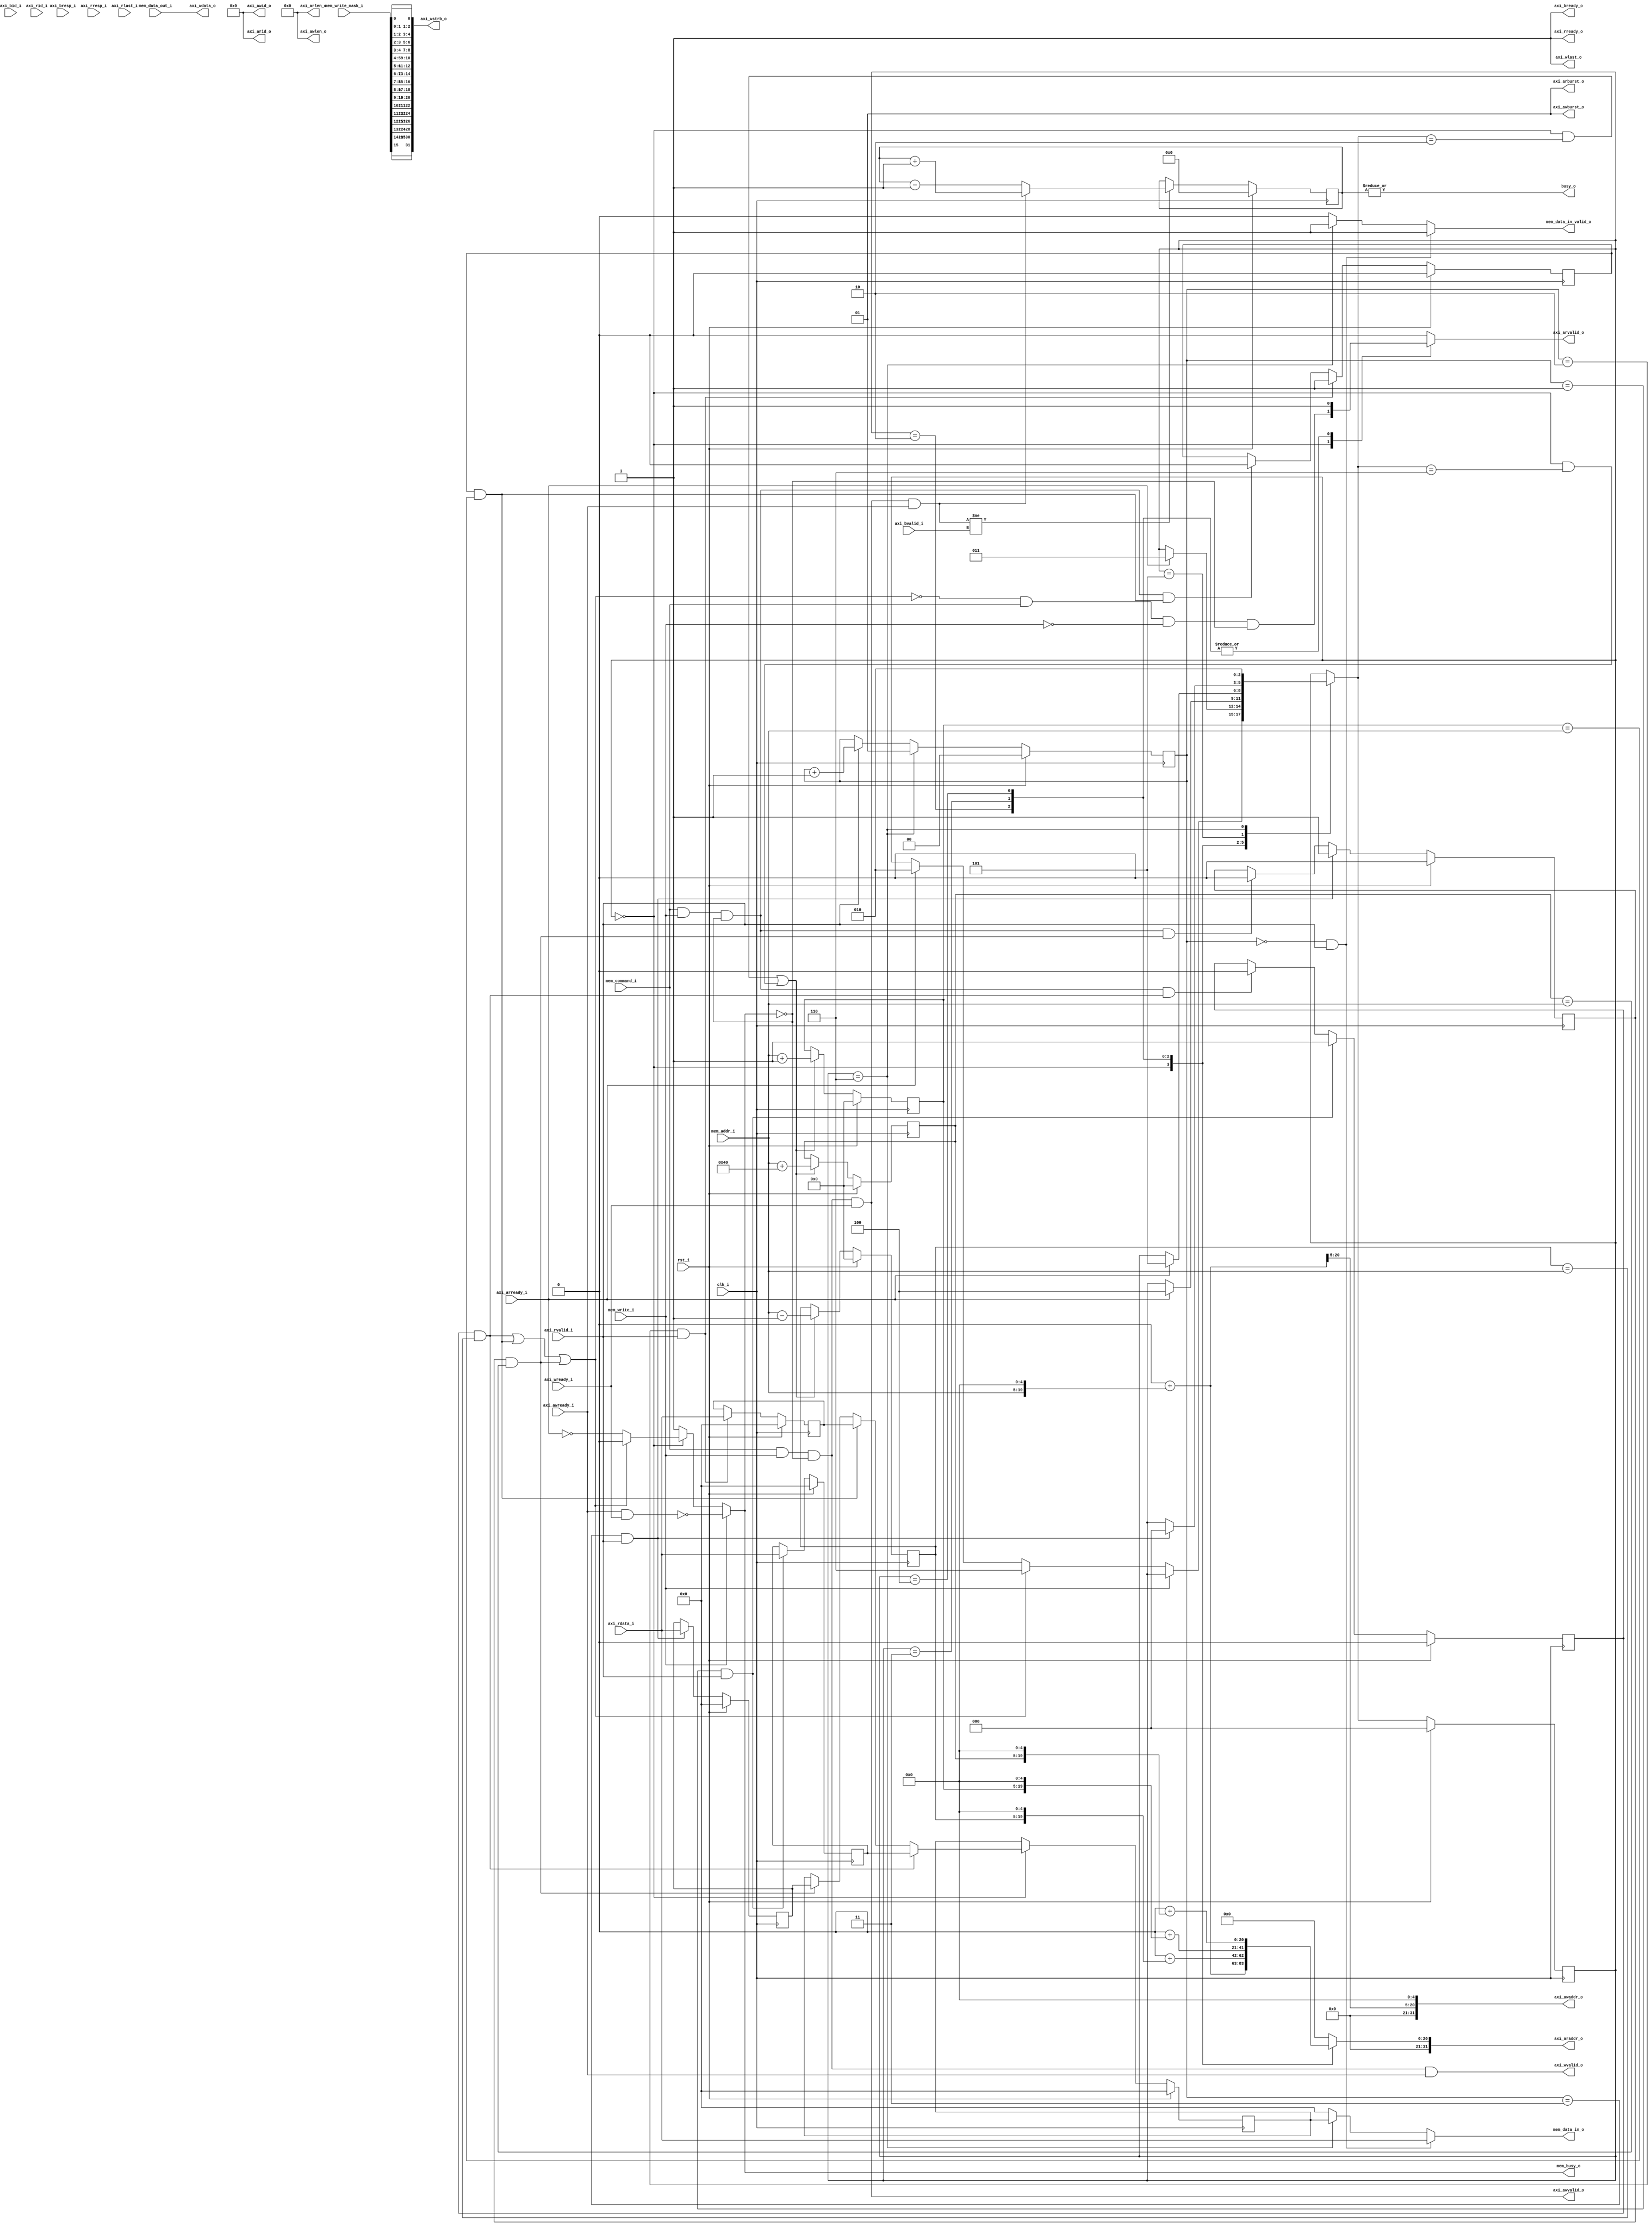
//-----------------------------------------------------------------
// Copyright (c) 2021, admin@ultra-embedded.com
// All rights reserved.
// 
// Redistribution and use in source and binary forms, with or without
// modification, are permitted provided that the following conditions 
// are met:
//   - Redistributions of source code must retain the above copyright
//     notice, this list of conditions and the following disclaimer.
//   - Redistributions in binary form must reproduce the above copyright
//     notice, this list of conditions and the following disclaimer 
//     in the documentation and/or other materials provided with the 
//     distribution.
//   - Neither the name of the author nor the names of its contributors 
//     may be used to endorse or promote products derived from this 
//     software without specific prior written permission.
// 
// THIS SOFTWARE IS PROVIDED BY THE COPYRIGHT HOLDERS AND CONTRIBUTORS 
// "AS IS" AND ANY EXPRESS OR IMPLIED WARRANTIES, INCLUDING, BUT NOT 
// LIMITED TO, THE IMPLIED WARRANTIES OF MERCHANTABILITY AND FITNESS FOR 
// A PARTICULAR PURPOSE ARE DISCLAIMED. IN NO EVENT SHALL THE AUTHOR BE 
// LIABLE FOR ANY DIRECT, INDIRECT, INCIDENTAL, SPECIAL, EXEMPLARY, OR 
// CONSEQUENTIAL DAMAGES (INCLUDING, BUT NOT LIMITED TO, PROCUREMENT OF 
// SUBSTITUTE GOODS OR SERVICES; LOSS OF USE, DATA, OR PROFITS; OR 
// BUSINESS INTERRUPTION) HOWEVER CAUSED AND ON ANY THEORY OF 
// LIABILITY, WHETHER IN CONTRACT, STRICT LIABILITY, OR TORT
// (INCLUDING NEGLIGENCE OR OTHERWISE) ARISING IN ANY WAY OUT OF 
// THE USE OF THIS SOFTWARE, EVEN IF ADVISED OF THE POSSIBILITY OF 
// SUCH DAMAGE.
//-----------------------------------------------------------------
module gpu_mem_fetch
//-----------------------------------------------------------------
// Params
//-----------------------------------------------------------------
#(
     parameter AXI_ID           = 0
    ,parameter VRAM_BASE        = 0
)
//-----------------------------------------------------------------
// Ports
//-----------------------------------------------------------------
(
    // Inputs
     input           clk_i
    ,input           rst_i
    ,input           mem_command_i
    ,input           mem_write_i
    ,input  [ 14:0]  mem_addr_i
    ,input  [ 15:0]  mem_write_mask_i
    ,input  [255:0]  mem_data_out_i
    ,input           axi_awready_i
    ,input           axi_wready_i
    ,input           axi_bvalid_i
    ,input  [  1:0]  axi_bresp_i
    ,input  [  3:0]  axi_bid_i
    ,input           axi_arready_i
    ,input           axi_rvalid_i
    ,input  [255:0]  axi_rdata_i
    ,input  [  1:0]  axi_rresp_i
    ,input  [  3:0]  axi_rid_i
    ,input           axi_rlast_i

    // Outputs
    ,output          mem_busy_o
    ,output          mem_data_in_valid_o
    ,output [255:0]  mem_data_in_o
    ,output          axi_awvalid_o
    ,output [ 31:0]  axi_awaddr_o
    ,output [  3:0]  axi_awid_o
    ,output [  7:0]  axi_awlen_o
    ,output [  1:0]  axi_awburst_o
    ,output          axi_wvalid_o
    ,output [255:0]  axi_wdata_o
    ,output [ 31:0]  axi_wstrb_o
    ,output          axi_wlast_o
    ,output          axi_bready_o
    ,output          axi_arvalid_o
    ,output [ 31:0]  axi_araddr_o
    ,output [  3:0]  axi_arid_o
    ,output [  7:0]  axi_arlen_o
    ,output [  1:0]  axi_arburst_o
    ,output          axi_rready_o
    ,output          busy_o
);

//-----------------------------------------------------------------
// States
//-----------------------------------------------------------------
localparam STATE_W           = 3;
localparam STATE_IDLE        = 3'd0;
localparam STATE_FETCH1      = 3'd2;
localparam STATE_FETCH2      = 3'd3;
localparam STATE_FETCH3      = 3'd4;
localparam STATE_WAIT        = 3'd5;
localparam STATE_SLOT_HIT    = 3'd6;

// States
reg [STATE_W-1:0]           next_state_r;
reg [STATE_W-1:0]           state_q;

//-----------------------------------------------------------------
// Response tracking
//-----------------------------------------------------------------
reg [1:0] resp_idx_q;

wire critical_resp_w = (resp_idx_q == 2'd0);
wire last_resp_w     = (resp_idx_q == 2'd3);

always @ (posedge clk_i )
if (rst_i)
    resp_idx_q <= 2'd0;
else if (state_q == STATE_SLOT_HIT)
    resp_idx_q <= 2'd1;
else if (axi_rvalid_i && axi_rready_o)
    resp_idx_q <= resp_idx_q + 2'd1;

//-----------------------------------------------------------------
// Prefetch slots
//-----------------------------------------------------------------
reg         slot0_valid_q;
reg [14:0]  slot0_addr_q;
reg [255:0] slot0_data_q;

wire slot0_match_w = slot0_valid_q && (slot0_addr_q == mem_addr_i);

always @ (posedge clk_i )
if (rst_i)
    slot0_valid_q   <= 1'b0;
// Slot respone ready
else if (resp_idx_q == 2'd1 && axi_rvalid_i && axi_rready_o)
    slot0_valid_q   <= 1'b1;
// Invalidate on write
else if (mem_command_i && mem_write_i && ~mem_busy_o && slot0_match_w)
    slot0_valid_q   <= 1'b0;

always @ (posedge clk_i )
if (rst_i)
    slot0_data_q   <= 256'b0;
else if (resp_idx_q == 2'd1 && axi_rvalid_i && axi_rready_o)
    slot0_data_q   <= axi_rdata_i;

reg         slot1_valid_q;
reg [14:0]  slot1_addr_q;
reg [255:0] slot1_data_q;

wire slot1_match_w = slot1_valid_q && (slot1_addr_q == mem_addr_i);

always @ (posedge clk_i )
if (rst_i)
    slot1_valid_q   <= 1'b0;
// Slot respone ready
else if (resp_idx_q == 2'd2 && axi_rvalid_i && axi_rready_o)
    slot1_valid_q   <= 1'b1;
// Invalidate on write
else if (mem_command_i && mem_write_i && ~mem_busy_o && slot1_match_w)
    slot1_valid_q   <= 1'b0;

always @ (posedge clk_i )
if (rst_i)
    slot1_data_q   <= 256'b0;
else if (resp_idx_q == 2'd2 && axi_rvalid_i && axi_rready_o)
    slot1_data_q   <= axi_rdata_i;

reg         slot2_valid_q;
reg [14:0]  slot2_addr_q;
reg [255:0] slot2_data_q;

wire slot2_match_w = slot2_valid_q && (slot2_addr_q == mem_addr_i);

always @ (posedge clk_i )
if (rst_i)
    slot2_valid_q   <= 1'b0;
// Slot respone ready
else if (resp_idx_q == 2'd3 && axi_rvalid_i && axi_rready_o)
    slot2_valid_q   <= 1'b1;
// Invalidate on write
else if (mem_command_i && mem_write_i && ~mem_busy_o && slot2_match_w)
    slot2_valid_q   <= 1'b0;

always @ (posedge clk_i )
if (rst_i)
    slot2_data_q   <= 256'b0;
else if (resp_idx_q == 2'd3 && axi_rvalid_i && axi_rready_o)
    slot2_data_q   <= axi_rdata_i;


always @ (posedge clk_i )
if (rst_i)
begin
    slot0_addr_q <= 15'b0;
    slot1_addr_q <= 15'b0;
    slot2_addr_q <= 15'b0;
end
else if ((state_q == STATE_IDLE && next_state_r == STATE_FETCH1) || 
         (state_q == STATE_IDLE && next_state_r == STATE_SLOT_HIT))
begin
    slot0_addr_q <= mem_addr_i - 15'd1;
    slot1_addr_q <= mem_addr_i + 15'd1;
    slot2_addr_q <= mem_addr_i + 15'd64;
end

wire slot_hit_any_w = slot0_match_w | slot1_match_w | slot2_match_w;

reg [255:0] slot_resp_q;

always @ (posedge clk_i )
if (rst_i)
    slot_resp_q <= 256'b0;
else if (state_q == STATE_IDLE)
begin
    case (1'b1)
    slot0_match_w: slot_resp_q <= slot0_data_q;
    slot1_match_w: slot_resp_q <= slot1_data_q;
    slot2_match_w: slot_resp_q <= slot2_data_q;
    endcase    
end

//-----------------------------------------------------------------
// Next State Logic
//-----------------------------------------------------------------
always @ *
begin
    next_state_r = state_q;

    case (state_q)

    //-----------------------------------------
    // STATE_IDLE
    //-----------------------------------------
    STATE_IDLE :
    begin
        // Read
        if (!mem_write_i)
        begin
            if (slot_hit_any_w)
                next_state_r = STATE_SLOT_HIT;
            else if (axi_arready_i)
                next_state_r = STATE_FETCH1;
        end
    end
    //-----------------------------------------
    // STATE_FETCH1
    //-----------------------------------------
    STATE_FETCH1 :
    begin
        if (axi_arready_i)
            next_state_r = STATE_FETCH2;
    end
    STATE_FETCH2 :
    begin
        if (axi_arready_i)
            next_state_r = STATE_FETCH3;
    end
    STATE_FETCH3 :
    begin
        if (axi_arready_i)
            next_state_r = STATE_WAIT;
    end
    //-----------------------------------------
    // STATE_WAIT
    //-----------------------------------------
    STATE_WAIT :
    begin
        if (last_resp_w && axi_rvalid_i && axi_rready_o)
            next_state_r = STATE_IDLE;
    end
    //-----------------------------------------
    // STATE_SLOT_HIT
    //-----------------------------------------
    STATE_SLOT_HIT :
    begin
        next_state_r = STATE_FETCH1;
    end
    default:
        ;
    endcase
end

// Update state
always @ (posedge clk_i )
if (rst_i)
    state_q   <= STATE_IDLE;
else
    state_q   <= next_state_r;

//-----------------------------------------------------------------
//                      AXI Handing
//-----------------------------------------------------------------
// Always accept responses
assign axi_bready_o = 1'b1;
assign axi_rready_o = 1'b1;

// Constant IDs
assign axi_arid_o = AXI_ID;
assign axi_awid_o = AXI_ID;

reg mem_busy_r;

always @ *
begin
    mem_busy_r = 1'b0;

    if (mem_write_i)
        mem_busy_r = ~(axi_awready_i & axi_wready_i);
    // Read - idle
    else if (state_q == STATE_IDLE)
    begin
        if (slot_hit_any_w)
            mem_busy_r = 1'b0;
        else
            mem_busy_r = ~axi_arready_i;
    end
    // Read - busy
    else
        mem_busy_r = 1'b1;
end

assign mem_busy_o = mem_busy_r;

//--------------------------------------------------------------------
// Read request
//--------------------------------------------------------------------
reg        arvalid_r;
reg [31:0] araddr_r;

always @ *
begin
    arvalid_r = 1'b0;
    araddr_r  = 32'b0;

    case (state_q)
    STATE_IDLE:
    begin
        arvalid_r = ~slot_hit_any_w & mem_command_i & ~mem_write_i & ~mem_busy_o;
        araddr_r  = VRAM_BASE + {12'b0, mem_addr_i, 5'b0};
    end
    STATE_FETCH1 :
    begin
        arvalid_r = 1'b1;
        araddr_r  = VRAM_BASE + {12'b0, slot0_addr_q, 5'b0};
    end
    STATE_FETCH2 :
    begin
        arvalid_r = 1'b1;
        araddr_r  = VRAM_BASE + {12'b0, slot1_addr_q, 5'b0};
    end
    STATE_FETCH3 :
    begin
        arvalid_r = 1'b1;
        araddr_r  = VRAM_BASE + {12'b0, slot2_addr_q, 5'b0};
    end
    default : ;
    endcase
end

// For debug
wire [14:0] araddr_block_w = araddr_r[19:5];

assign axi_arvalid_o = arvalid_r;
assign axi_araddr_o  = araddr_r;
assign axi_arlen_o   = 8'b0;
assign axi_arburst_o = 2'b01; // INCR

//--------------------------------------------------------------------
// Read response
//--------------------------------------------------------------------
reg         mem_data_valid_r;
reg [255:0] mem_data_r;

always @ *
begin
    mem_data_valid_r  = 1'b0;
    mem_data_r        = 256'b0;

    if (critical_resp_w && axi_rvalid_i)
    begin
        mem_data_valid_r  = 1'b1;
        mem_data_r        = axi_rdata_i;
    end
    else if (state_q == STATE_SLOT_HIT)
    begin
        mem_data_valid_r  = 1'b1;
        mem_data_r        = slot_resp_q;
    end
end

assign mem_data_in_valid_o = mem_data_valid_r;
assign mem_data_in_o       = mem_data_r;

//--------------------------------------------------------------------
// Write request
//--------------------------------------------------------------------
reg        awvalid_r;
reg [31:0] awaddr_r;

always @ *
begin
    awvalid_r = mem_command_i & mem_write_i & ~mem_busy_o;
    awaddr_r  = VRAM_BASE + {12'b0, mem_addr_i, 5'b0};
end

assign axi_awvalid_o = awvalid_r & axi_wready_i;
assign axi_awaddr_o  = {awaddr_r[31:5], 5'b0};
assign axi_awlen_o   = 8'b0;
assign axi_awburst_o = 2'b01;

//--------------------------------------------------------------------
// Write data
//--------------------------------------------------------------------
reg         wvalid_r;
reg [255:0] wdata_r;
reg [31:0]  wstrb_r;
reg         wlast_r;

// Byte mask version
wire [31:0] gpu_write_strb_w;

assign gpu_write_strb_w[0] = mem_write_mask_i[0];
assign gpu_write_strb_w[1] = mem_write_mask_i[0];
assign gpu_write_strb_w[2] = mem_write_mask_i[1];
assign gpu_write_strb_w[3] = mem_write_mask_i[1];
assign gpu_write_strb_w[4] = mem_write_mask_i[2];
assign gpu_write_strb_w[5] = mem_write_mask_i[2];
assign gpu_write_strb_w[6] = mem_write_mask_i[3];
assign gpu_write_strb_w[7] = mem_write_mask_i[3];
assign gpu_write_strb_w[8] = mem_write_mask_i[4];
assign gpu_write_strb_w[9] = mem_write_mask_i[4];
assign gpu_write_strb_w[10] = mem_write_mask_i[5];
assign gpu_write_strb_w[11] = mem_write_mask_i[5];
assign gpu_write_strb_w[12] = mem_write_mask_i[6];
assign gpu_write_strb_w[13] = mem_write_mask_i[6];
assign gpu_write_strb_w[14] = mem_write_mask_i[7];
assign gpu_write_strb_w[15] = mem_write_mask_i[7];
assign gpu_write_strb_w[16] = mem_write_mask_i[8];
assign gpu_write_strb_w[17] = mem_write_mask_i[8];
assign gpu_write_strb_w[18] = mem_write_mask_i[9];
assign gpu_write_strb_w[19] = mem_write_mask_i[9];
assign gpu_write_strb_w[20] = mem_write_mask_i[10];
assign gpu_write_strb_w[21] = mem_write_mask_i[10];
assign gpu_write_strb_w[22] = mem_write_mask_i[11];
assign gpu_write_strb_w[23] = mem_write_mask_i[11];
assign gpu_write_strb_w[24] = mem_write_mask_i[12];
assign gpu_write_strb_w[25] = mem_write_mask_i[12];
assign gpu_write_strb_w[26] = mem_write_mask_i[13];
assign gpu_write_strb_w[27] = mem_write_mask_i[13];
assign gpu_write_strb_w[28] = mem_write_mask_i[14];
assign gpu_write_strb_w[29] = mem_write_mask_i[14];
assign gpu_write_strb_w[30] = mem_write_mask_i[15];
assign gpu_write_strb_w[31] = mem_write_mask_i[15];

always @ *
begin
    wvalid_r = mem_command_i & mem_write_i & ~mem_busy_o;
    wdata_r  = mem_data_out_i;
    wstrb_r  = gpu_write_strb_w;
end

assign axi_wvalid_o = wvalid_r & axi_awready_i;
assign axi_wdata_o  = wdata_r;
assign axi_wstrb_o  = wstrb_r;
assign axi_wlast_o  = 1'b1;

//-----------------------------------------------------------------
// Write response tracking
//-----------------------------------------------------------------
reg [15:0] pending_writes_q;

always @ (posedge clk_i )
if (rst_i)
    pending_writes_q <= 16'b0;
else if ((axi_awvalid_o && axi_awready_i) != (axi_bvalid_i && axi_bready_o))
begin
    if ((axi_awvalid_o && axi_awready_i))
        pending_writes_q <= pending_writes_q + 16'd1;
    else
        pending_writes_q <= pending_writes_q - 16'd1;
end

assign busy_o = |pending_writes_q;

//-----------------------------------------------------------------
// Debug
//-----------------------------------------------------------------
`ifdef verilator

reg [31:0] stats_slot_hit_q;

always @ (posedge clk_i )
if (rst_i)
    stats_slot_hit_q   <= 32'b0;
else if (state_q == STATE_SLOT_HIT)
    stats_slot_hit_q   <= stats_slot_hit_q + 32'd1;

reg [31:0] stats_read_reqs_q;

always @ (posedge clk_i )
if (rst_i)
    stats_read_reqs_q   <= 32'b0;
else if (axi_arvalid_o && axi_arready_i)
    stats_read_reqs_q   <= stats_read_reqs_q + 32'd1;

`endif

endmodule